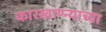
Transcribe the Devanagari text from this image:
कारखाण्न्याच्या